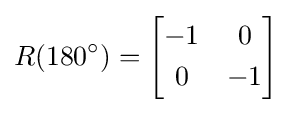
R(180^{\circ })={\begin{bmatrix}-1&0\\[3pt]0&-1\\\end{bmatrix}}